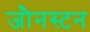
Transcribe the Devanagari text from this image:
जौनस्टन